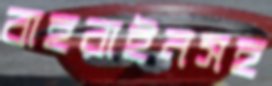
বাহরাইনসহ